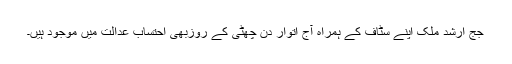
جج ارشد ملک اپنے سٹاف کے ہمراہ آج اتوار دن چھٹی کے روزبھی احتساب عدالت میں موجود ہیں۔